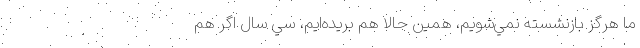
ما هرگز بازنشسته نمي‌شويم، همين حالا هم بريده‌ايم، سي سال اگر هم